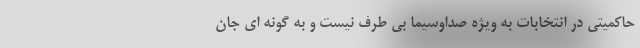
حاکمیتی در انتخابات به ویژه صداوسیما بی طرف نیست و به گونه ای جان